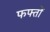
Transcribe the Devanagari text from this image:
फफ्तों